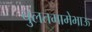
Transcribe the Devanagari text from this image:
चुलतमामेभाऊ